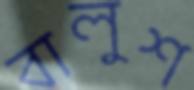
বালুশ